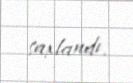
saxlandı.